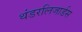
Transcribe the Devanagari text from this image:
थंडरलिजार्डस